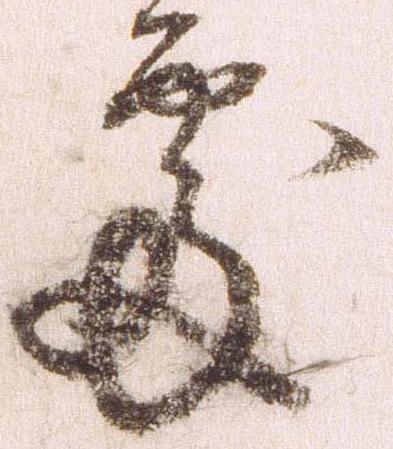
処